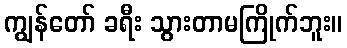
ကျွန်တော် ခရီး သွားတာမကြိုက်ဘူး။